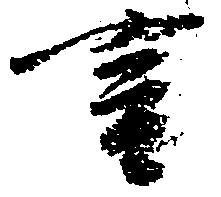
言